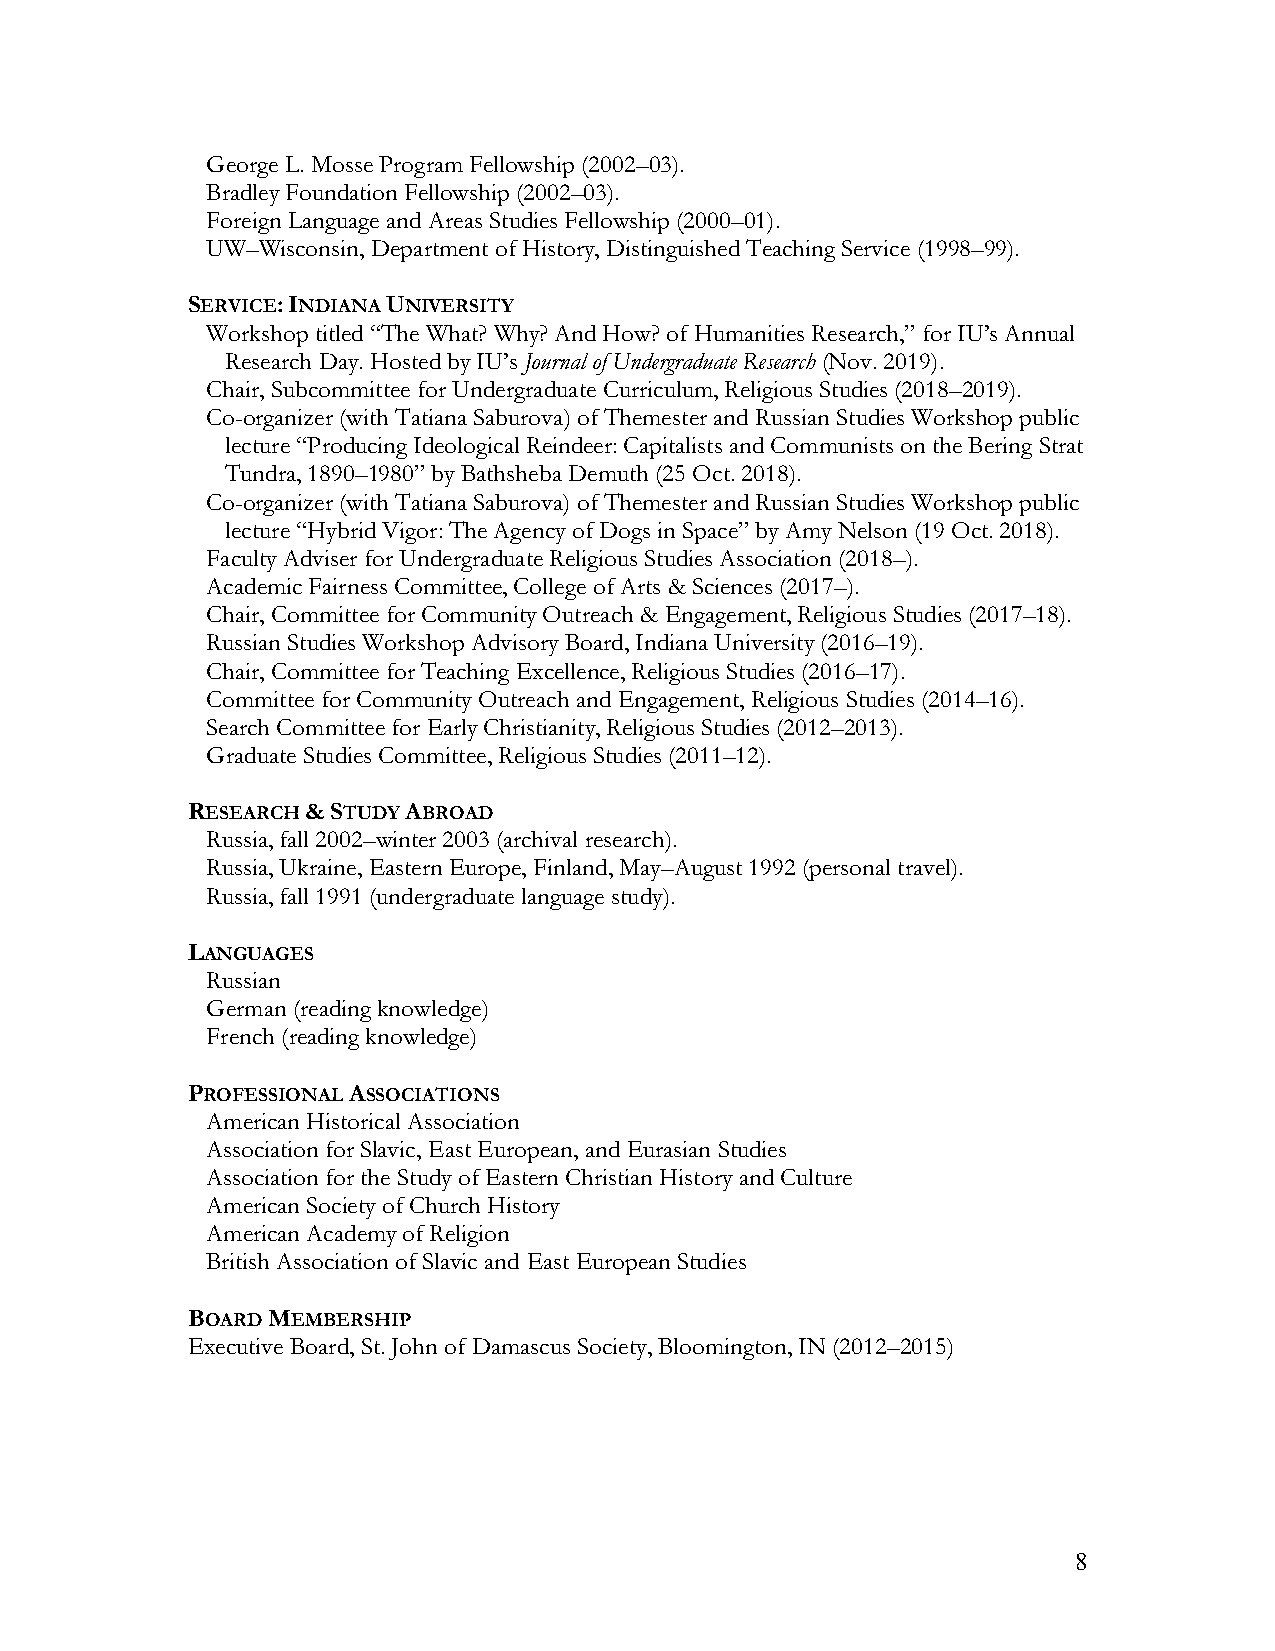
George L. Mosse Program Fellowship (2002–03).
 Bradley Foundation Fellowship (2002–03).
 Foreign Language and Areas Studies Fellowship (2000–01).
 UW–Wisconsin, Department of History, Distinguished Teaching Service (1998–99).
 SERVICE: INDIANA UNIVERSITY
 Workshop titled “The What? Why? And How? of Humanities Research,” for IU’s Annual
 Research Day. Hosted by IU’s Journal of Undergraduate Research (Nov. 2019).
 Chair, Subcommittee for Undergraduate Curriculum, Religious Studies (2018–2019).
 Co-organizer (with Tatiana Saburova) of Themester and Russian Studies Workshop public
 lecture “Producing Ideological Reindeer: Capitalists and Communists on the Bering Strat
 Tundra, 1890–1980” by Bathsheba Demuth (25 Oct. 2018).
 Co-organizer (with Tatiana Saburova) of Themester and Russian Studies Workshop public
 lecture “Hybrid Vigor: The Agency of Dogs in Space” by Amy Nelson (19 Oct. 2018).
 Faculty Adviser for Undergraduate Religious Studies Association (2018–).
 Academic Fairness Committee, College of Arts & Sciences (2017–).
 Chair, Committee for Community Outreach & Engagement, Religious Studies (2017–18).
 Russian Studies Workshop Advisory Board, Indiana University (2016–19).
 Chair, Committee for Teaching Excellence, Religious Studies (2016–17).
 Committee for Community Outreach and Engagement, Religious Studies (2014–16).
 Search Committee for Early Christianity, Religious Studies (2012–2013).
 Graduate Studies Committee, Religious Studies (2011–12).
 RESEARCH & STUDY ABROAD
 Russia, fall 2002–winter 2003 (archival research).
 Russia, Ukraine, Eastern Europe, Finland, May–August 1992 (personal travel).
 Russia, fall 1991 (undergraduate language study).
 LANGUAGES
 Russian
 German (reading knowledge)
 French (reading knowledge)
 PROFESSIONAL ASSOCIATIONS
 American Historical Association
 Association for Slavic, East European, and Eurasian Studies
 Association for the Study of Eastern Christian History and Culture
 American Society of Church History
 American Academy of Religion
 British Association of Slavic and East European Studies
 BOARD MEMBERSHIP
 Executive Board, St. John of Damascus Society, Bloomington, IN (2012–2015)
 8